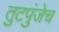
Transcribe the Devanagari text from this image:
तुटपुंजेच